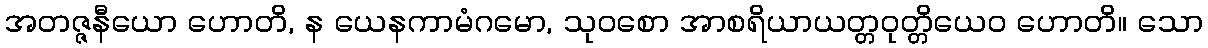
အတဇ္ဇနီယော ဟောတိ, န ယေနကာမံဂမော, သုဝစော အာစရိယာယတ္တဝုတ္တိယေဝ ဟောတိ။ သော